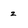
Character: z